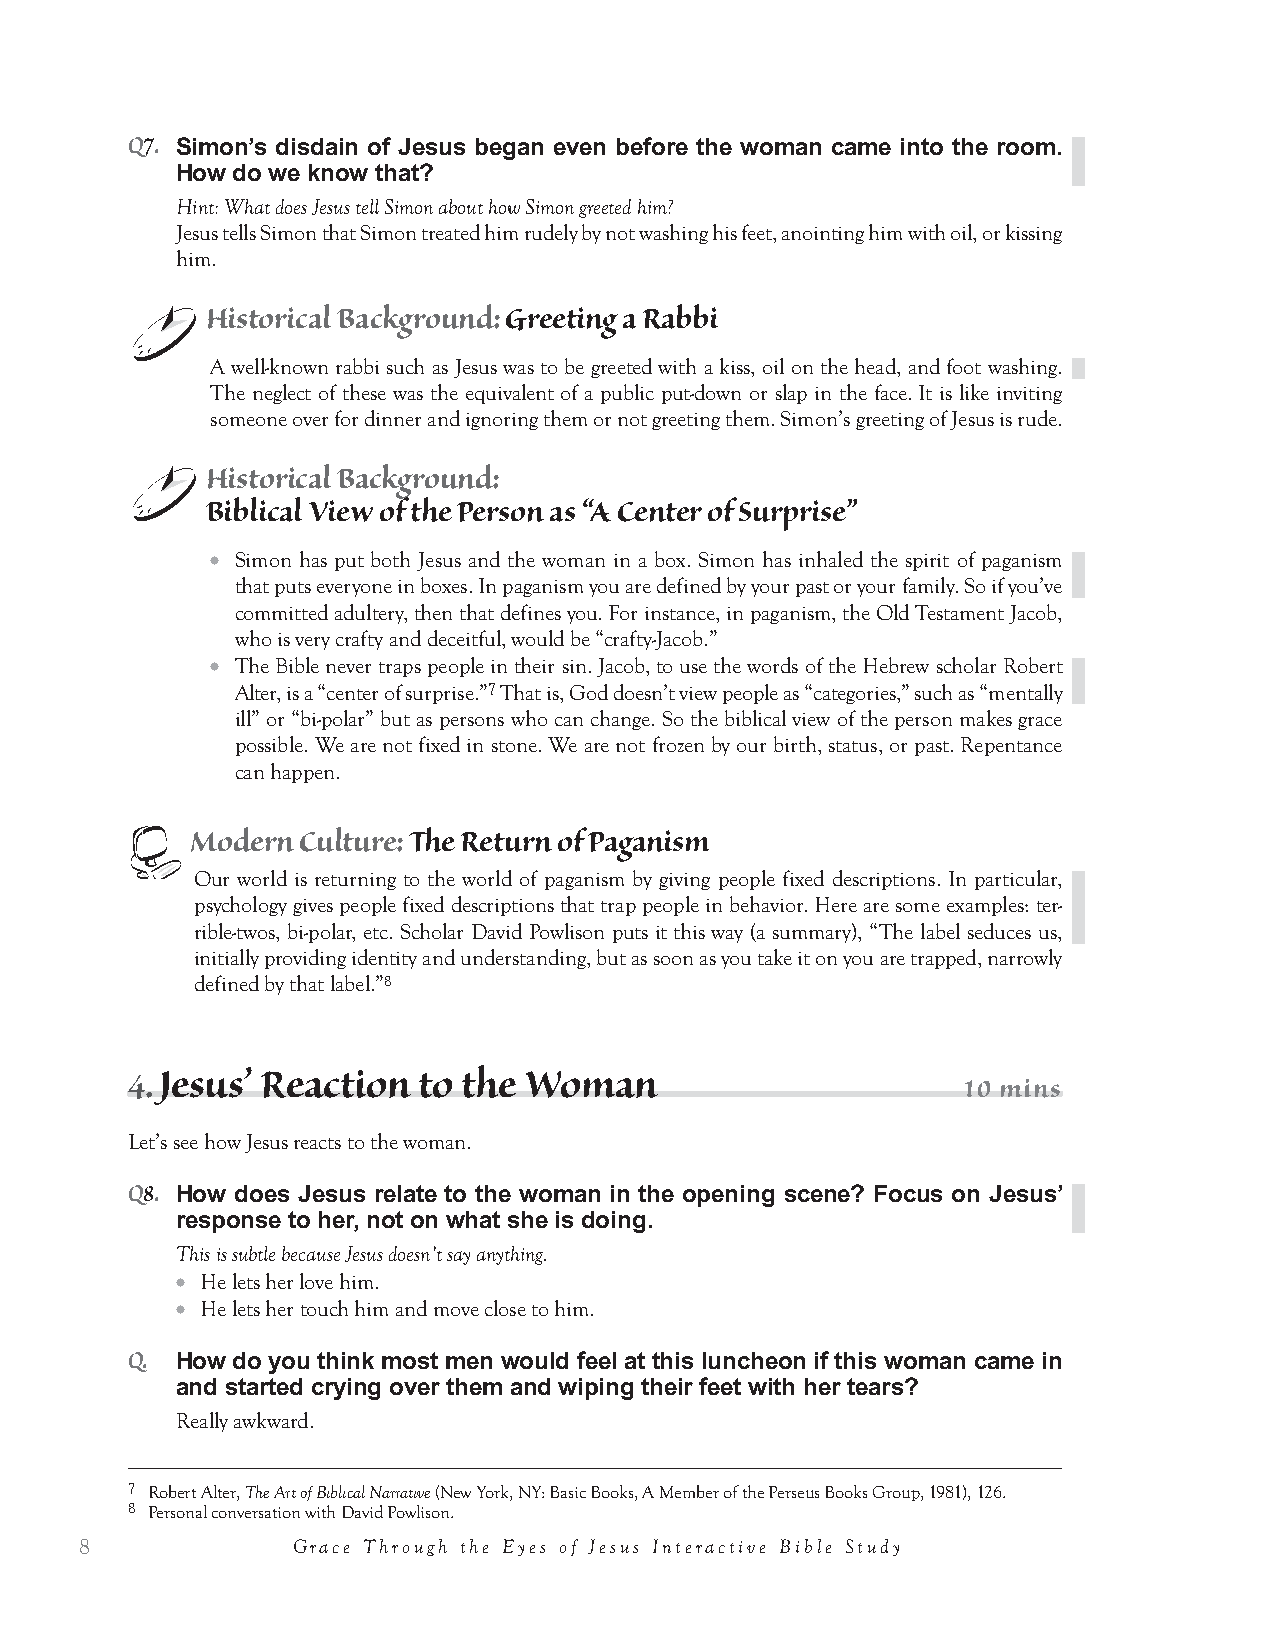
2. The Woman’s   Present                               15 mins
 Now that we have a feel for Simon’s mindset, let’s look more closely at the scene.
 Historical Background: Simon’s Feast
 ● Sabbath feast. It is likely that we are in the Galilee region and Jesus has preached at a local
 synagogue. It was common to invite a visiting rabbi to the Sabbath meal after he had spoken. A
 number of the dinners Jesus is invited to in Luke occur after a Sabbath synagogue service.
 ● The Greek custom at a feast was to lie down at a low three-side table (a Triclinium) on a cushion
 with your feet away from the table. This had become common in Jewish culture.
 ● “The Men’s Room” was the actual name for the dining room. This was an all-male gathering.
 ● Foot washing was very important in those days, because the people wore open sandals and walked
 along very dusty or muddy roads.
 ● In this culture bathing was infrequent, and there was no deodorant. But women typically carried a
 small alabaster jar of perfume around their necks on a string, so that they could perfume them-
 selves. If she is a prostitute, then she would have used this in “plying her trade.”
 Ointment
 Photo of alabaster jars found in
 Israel dated 600 BC. Notice the
 handles on the smaller jar for
 carrying it around the neck.
 © Erich Lessing Culture and Fine Arts
 Archive. Used with permission.
 Q3.
 Let’s look at all the things the woman is doing in order from the text.
 First write down the numbers 1 through 5 so when people mention an item you can put it in its place. Then they
 can see what is missing.
 1. Entering the room at the start of the feast carrying an alabaster flask.
 2. Standing behind him weeping.
 3. Weeping, begins to wet his feet.
 4. Now seated, continuing to weep, wiping Jesus’ feet with her hair.
 5. Begins kissing his feet and anointing them with perfume.
 Q.
 When did she start weeping at Jesus’ feet? Jesus gives us a hint after the par-
 able.
 v. 45 “From the time I came in.”
 Q.
 How much weeping do you need to be doing to soak someone’s feet while you
 are standing above them?
 A lot.
 Lesson 1: Grace for a Broken Woman             5